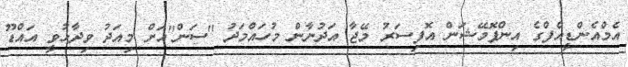
އެމްއެންޑީއެފްގެ އިންފޮމޭޝަން އޮފިސަރު މޭޖާ އަދުނާން މުހައްމަދު "ސަން"އަށް މިއަދު ވިދާޅުވީ އައްޑޫ